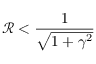
\mathcal R < \frac { 1 } { \sqrt { 1 + \gamma ^ { 2 } } }